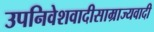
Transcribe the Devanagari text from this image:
उपनिवेशवादीसाम्राज्यवादी